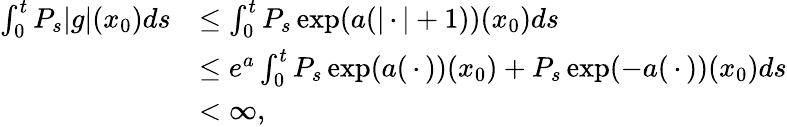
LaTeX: \begin{array}{rl}{\int_{0}^{t}P_{s}|g|(x_{0})ds}&{\leq\int_{0}^{t}P_{s}\exp(a(|{\, \cdot\, }|+1))(x_{0})ds}\\ &{\leq e^{a}\int_{0}^{t}P_{s}\exp(a({\, \cdot\, }))(x_{0})+P_{s}\exp(-a({\, \cdot\, }))(x_{0})ds}\\ &{<\infty,}\end{array}